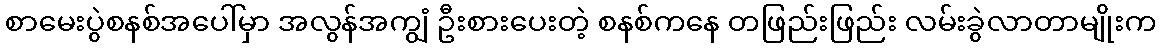
စာမေးပွဲစနစ်အပေါ်မှာ အလွန်အကျွံ ဦးစားပေးတဲ့ စနစ်ကနေ တဖြည်းဖြည်း လမ်းခွဲလာတာမျိုးက